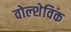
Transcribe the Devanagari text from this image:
वोल्शेविक